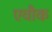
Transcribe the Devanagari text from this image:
एवौक